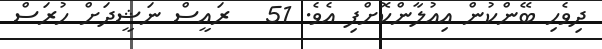
ދިވެހި ބޭންކުން އިއުލާންކޮށްފި އެވެ. 51   ރައީސް ނަޝީދަށް ހުރަސް